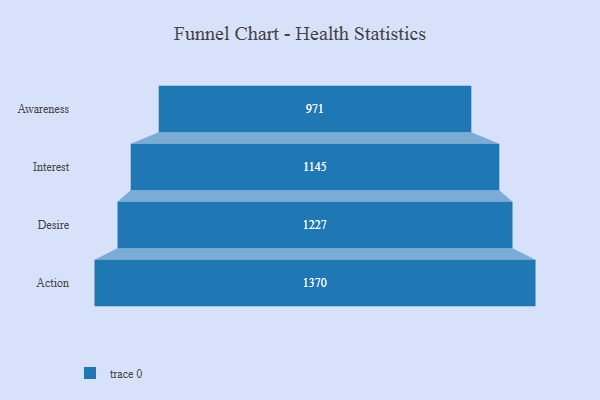
{"axis": {"x": "Stage", "y": "Value"}, "legend": [""], "data": [{"x": "Awareness", "y": 971.0, "type": ""}, {"x": "Interest", "y": 1145.0, "type": ""}, {"x": "Desire", "y": 1227.0, "type": ""}, {"x": "Action", "y": 1370.0, "type": ""}]}